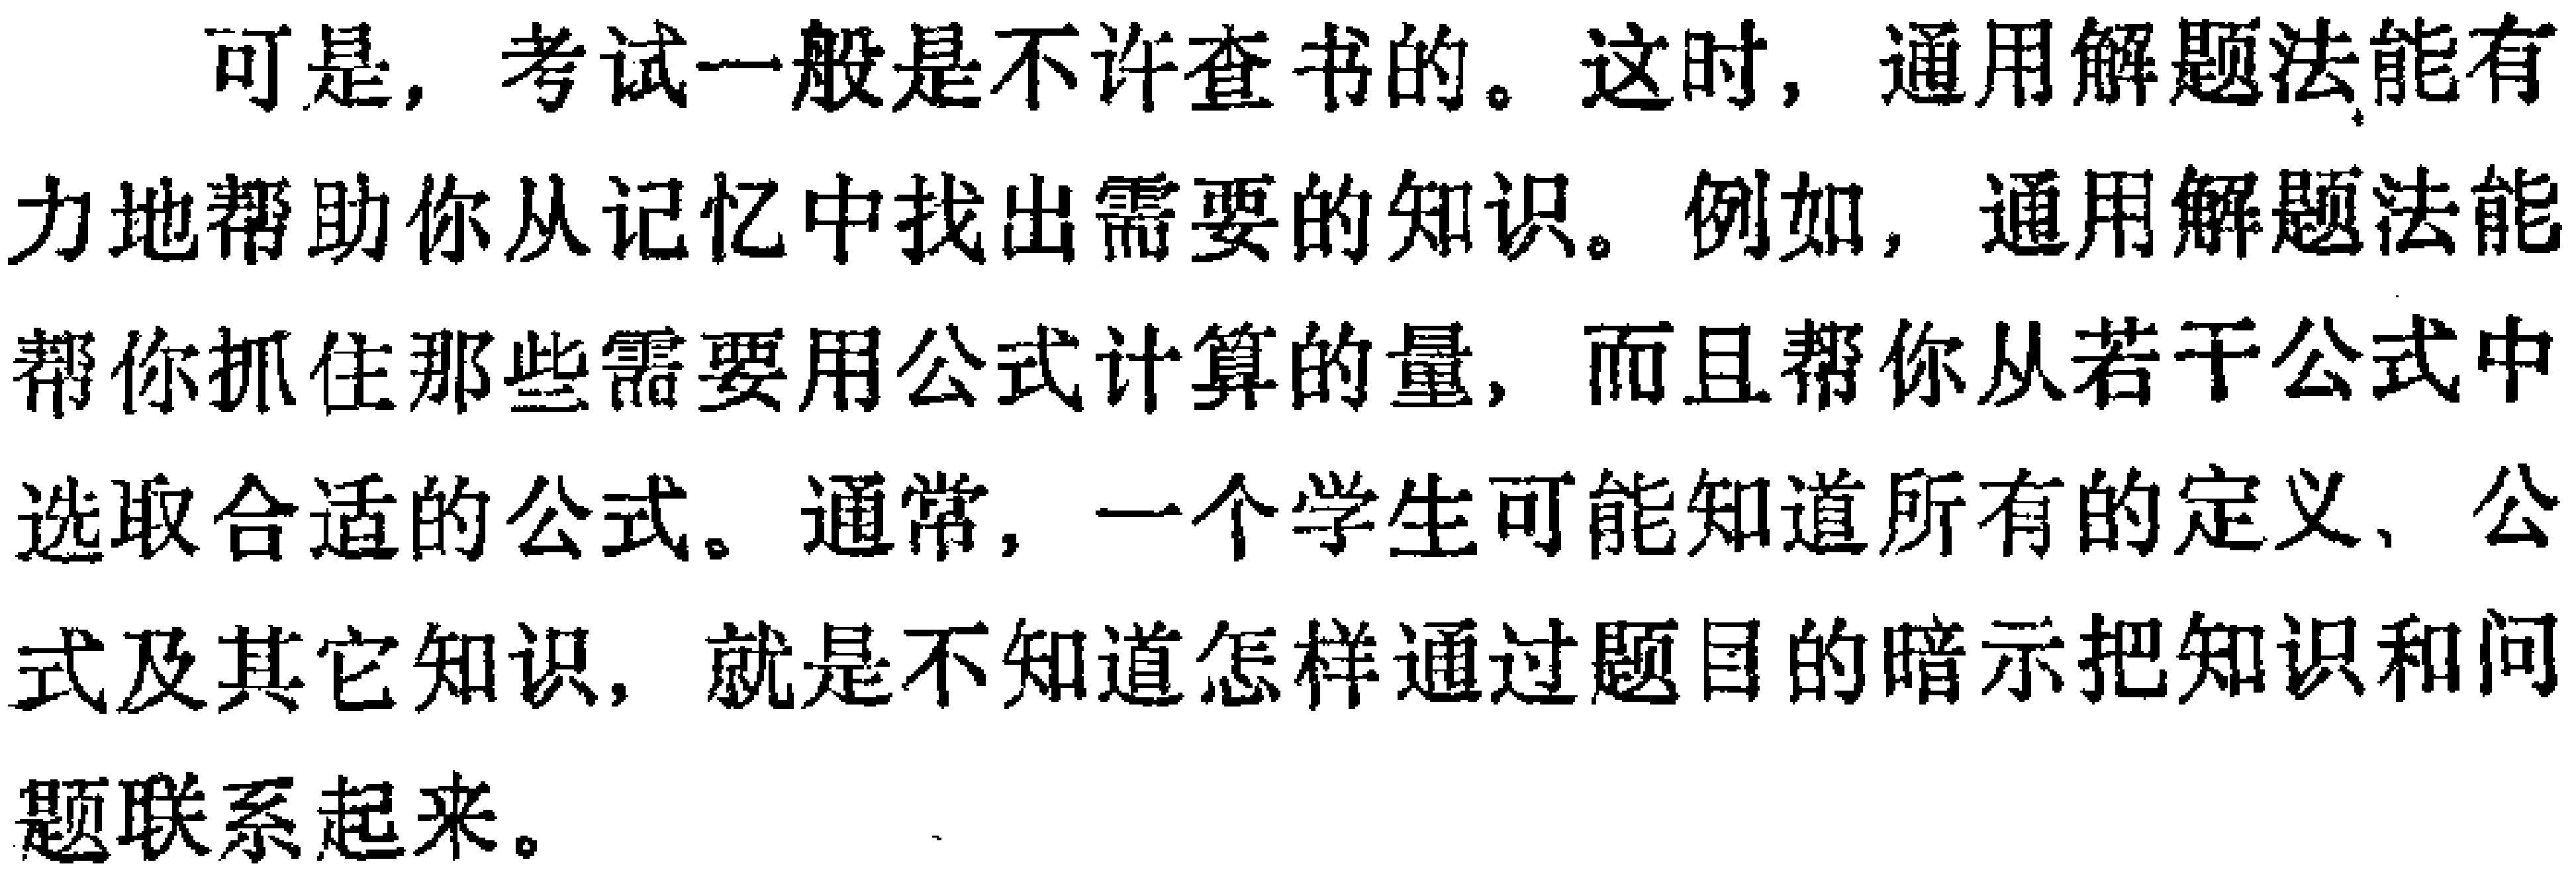
可是, 考试一般是不许查书的。这时, 通用解题法能有力地帮助你从记忆中找出需要的知识。例如, 通用解题法能帮你抓住那些需要用公式计算的量, 而且帮你从若干公式中选取合适的公式。通常, 一个学生可能知道所有的定义、公式及其它知识, 就是不知道怎样通过题目的暗示把知识和问题联系起来。